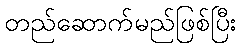
တည်ဆောက်မည်ဖြစ်ပြီး